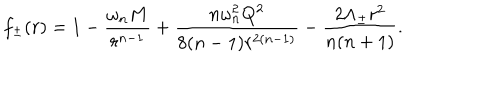
LaTeX: f _ { \pm } ( r ) = 1 - \frac { \omega _ { n } M } { r ^ { n - 1 } } + \frac { n \omega _ { n } ^ { 2 } Q ^ { 2 } } { 8 ( n - 1 ) r ^ { 2 ( n - 1 ) } } - \frac { 2 \Lambda _ { \pm } r ^ { 2 } } { n ( n + 1 ) } .